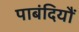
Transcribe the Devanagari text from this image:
पाबंदियौं